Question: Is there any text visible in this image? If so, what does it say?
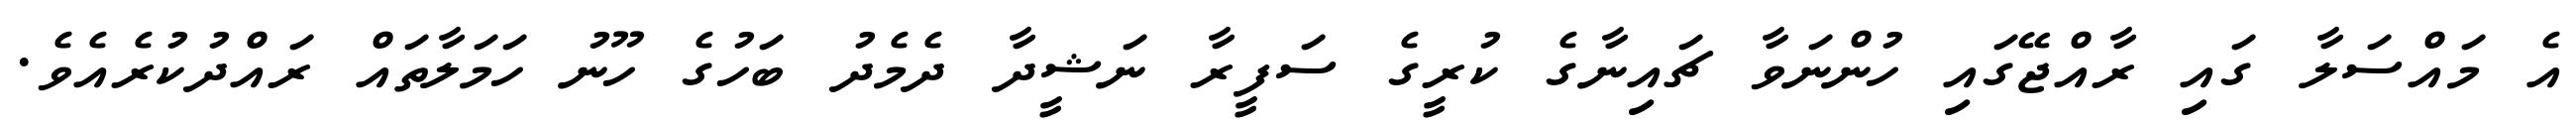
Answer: އެ މައްސަލާ ގައި ރާއްޖޭގައި ހުންނަވާ ޗައިނާގެ ކުރީގެ ސަފީރާ ނަޝީދާ ދެމެދު ބަހުގެ ހޫނު ހަމަލާތައް ރައްދުކުރެއެވެ.